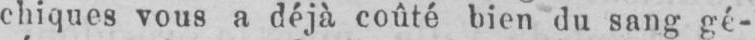
chiques vous a déjà coûté bien du sang gé-